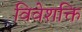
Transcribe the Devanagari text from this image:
विवेशक्ति